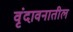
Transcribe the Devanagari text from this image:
वृंदावनातील